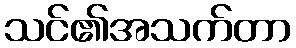
သင်၏အသက်တာ